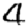
Digit: 4